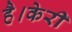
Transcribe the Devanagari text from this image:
है।केरी